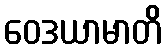
ဝေဒယာမာတိ